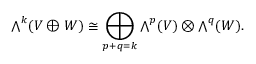
{ \textstyle \bigwedge } ^ { k } ( V \oplus W ) \cong \bigoplus _ { p + q = k } { \textstyle \bigwedge } ^ { p } ( V ) \otimes { \textstyle \bigwedge } ^ { q } ( W ) .